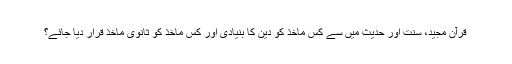
قرآن مجید، سنت اور حدیث میں سے کس ماخذ کو دین کا بنیادی اور کس ماخذ کو ثانوی ماخذ قرار دیا جائے؟